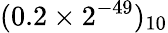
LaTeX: (0.2\times 2^{-49})_{10}